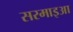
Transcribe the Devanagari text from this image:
सरमाइआ